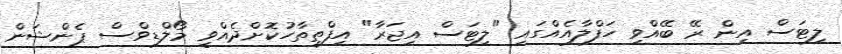
ލިޓަސް އިން ރޭ ބޭއްވި ހަފްލާއެއްގައި "ލިޓަސް އިޖަރާ" އިފްތިތާހުކޮށްދެއްވީ މޯލްޑިވްސް ޕެންޝަން